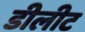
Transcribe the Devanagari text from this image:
डीलीट